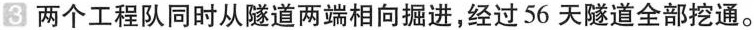
3 两个工程队同时从隧道两端相向掘进，经过56天隧道全部挖通。